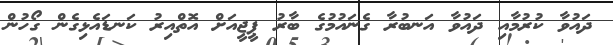
ދައުވާ ކުރުމާއި ދައުވާ އަނބުރާ ގެނައުމުގެ ބާރު ޕީޖީއަށް އޮތްއިރު ކަނޑައެޅިގެން ގޯހުން